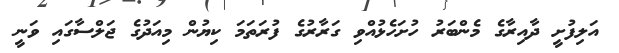
އަލިފުށީ ދާއިރާގެ މެންބަރު ހުށަހެޅުއްވި ގަރާރުގެ ފުރަތަމަ ކިޔުން މިއަދުގެ ޖަލްސާގައި ވަނީ